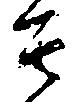
其